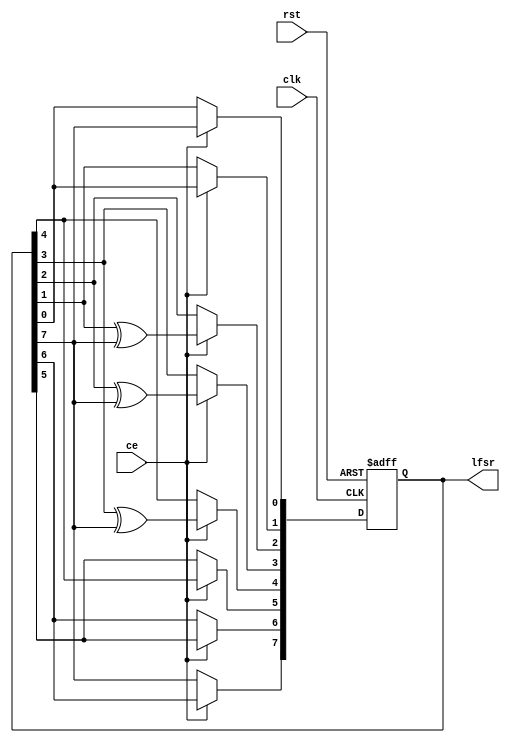
module rnd
(
    input                                   clk,
    input                                   rst,
    input                                   ce,
    output reg [7 : 0]                      lfsr
);

    wire                                    feedback;

    assign feedback = lfsr[7];

    always @(posedge clk or posedge rst)
        if (rst)
                lfsr <= 8'hff;
        else if (ce) 
            begin
                lfsr[0] <= feedback;
                lfsr[1] <= lfsr[0];
                lfsr[2] <= lfsr[1] ^ feedback;
                lfsr[3] <= lfsr[2] ^ feedback;
                lfsr[4] <= lfsr[3] ^ feedback;
                lfsr[5] <= lfsr[4];
                lfsr[6] <= lfsr[5];
                lfsr[7] <= lfsr[6];
             end

endmodule